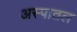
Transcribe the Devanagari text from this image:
अस्पातल